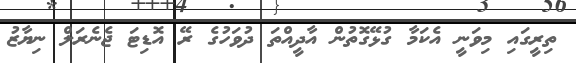
ތިރީގައި މިވަނީ އެކަމާ ގުޅޭގޮތުން އާދީއްތަ ދުވަހުގެ ރޭ އޮޑިޓަ ޖެނެރަލް ނިޔާޒު